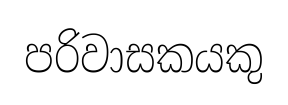
පරිවාසකයකු